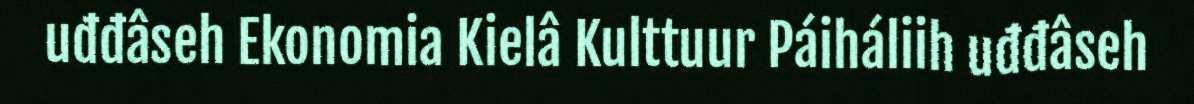
uđđâseh Ekonomia Kielâ Kulttuur Páiháliih uđđâseh